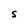
Character: S